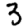
Digit: 3